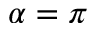
\alpha = \pi